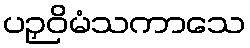
ပဉှဝိမံသကာသေ